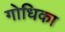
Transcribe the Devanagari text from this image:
गोधिका